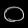
Digit: ၀